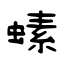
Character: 螦